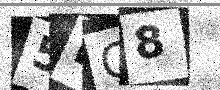
Text: 5RG8